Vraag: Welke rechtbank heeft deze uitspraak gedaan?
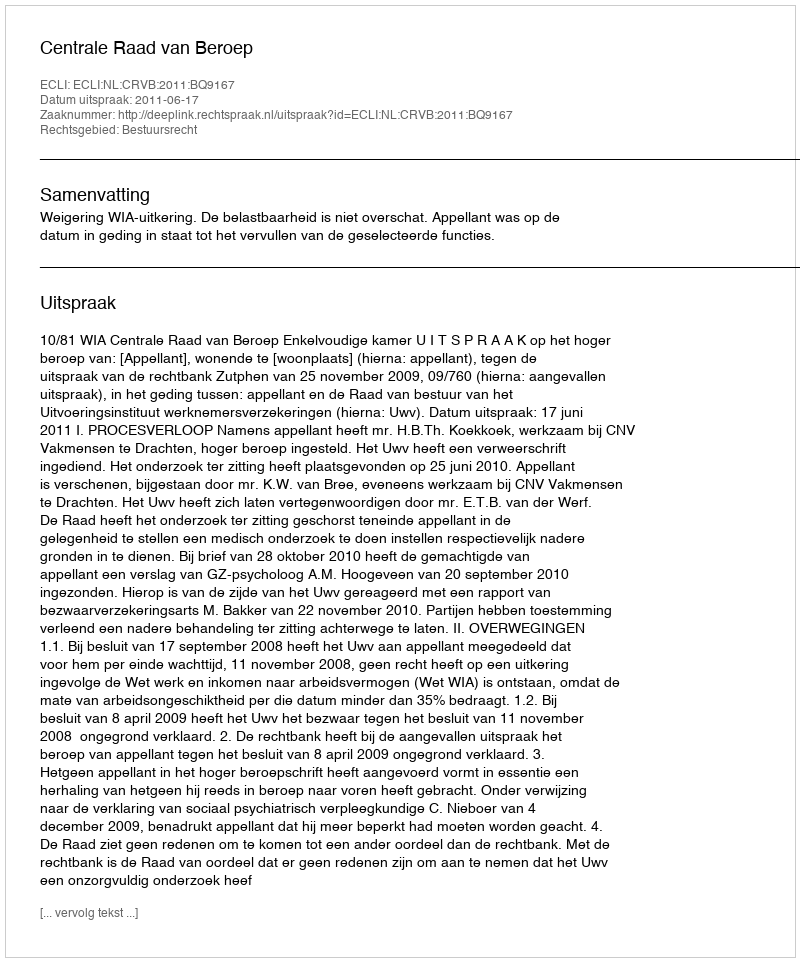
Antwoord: Centrale Raad van Beroep